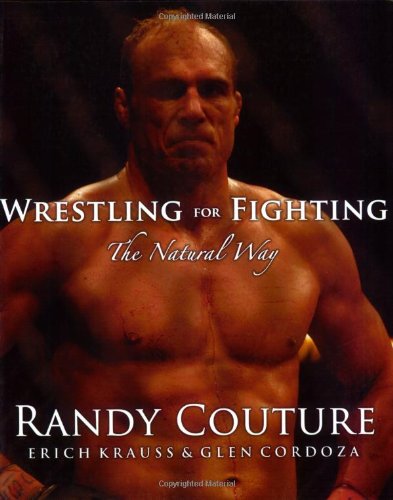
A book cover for Wrestling for Fighting: The Natural Way; Randy Couture; Sports & Outdoors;